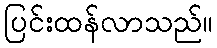
ပြင်းထန်လာသည်။